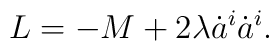
L = -M + 2\lambda \dot{a}^i\dot{a}^i.